Subject: stat
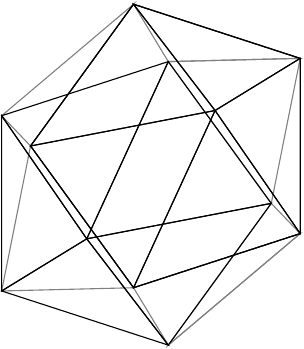
LaTeX code:
        \begin{tikzpicture}[scale=1.8]
        \pgfdeclarelayer{foreground}
\pgfsetlayers{main,foreground}

\coordinate (A) at (0, 0, 1.17557);
\coordinate (B) at (1.05146, 0, 0.525731);
\coordinate (C) at (0.32492, 1, 0.525731);
\coordinate (D) at (-0.850651, 0.618034, 0.525731);
\coordinate (E) at (-0.850651, -0.618034, 0.525731);
\coordinate (F) at (0.32492, -1, 0.525731);
\coordinate (G) at (0.850651, 0.618034, -0.525731);
\coordinate (H) at (0.850651, -0.618034, -0.525731);
\coordinate (I) at (-0.32492, 1, -0.525731);
\coordinate (J) at (-1.05146, 0, -0.525731);
\coordinate (K) at (-0.32492, -1, -0.525731);
\coordinate (L) at (0, 0, -1.17557);

\begin{pgfonlayer}{main}
\draw[gray] (G) -- (B) -- (C) -- cycle;
\draw[gray] (C) -- (G) -- (I) -- cycle;
\draw[gray] (I) -- (D) -- (J) -- cycle;
\draw[gray] (K) -- (E) -- (J) -- cycle;
\draw[gray] (H) -- (F) -- (K) -- cycle;
\draw[gray] (B) -- (H) -- (F) -- cycle;
\end{pgfonlayer}

\begin{pgfonlayer}{foreground}
\draw (A) -- (B) -- (C) -- cycle;
\draw (A) -- (C) -- (D) -- cycle;
\draw (A) -- (D) -- (E) -- cycle;
\draw (A) -- (E) -- (F) -- cycle;
\draw (A) -- (F) -- (B) -- cycle;
\draw (L) -- (G) -- (H) -- cycle;
\draw (L) -- (H) -- (K) -- cycle;
\draw (L) -- (K) -- (J) -- cycle;
\draw (L) -- (J) -- (I) -- cycle;
\draw (L) -- (I) -- (G) -- cycle;
\draw (G) -- (H) -- cycle;
\draw (H) -- (K) -- cycle;
\draw (K) -- (J) -- cycle;
\draw (J) -- (I) -- cycle;
\draw (I) -- (G) -- cycle;
\end{pgfonlayer}
        \end{tikzpicture}